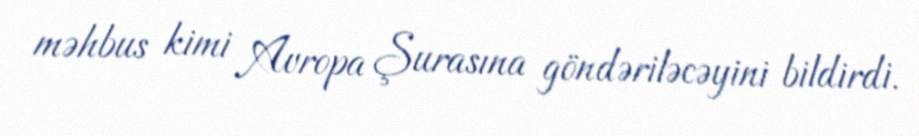
məhbus kimi Avropa Şurasına göndəriləcəyini bildirdi.